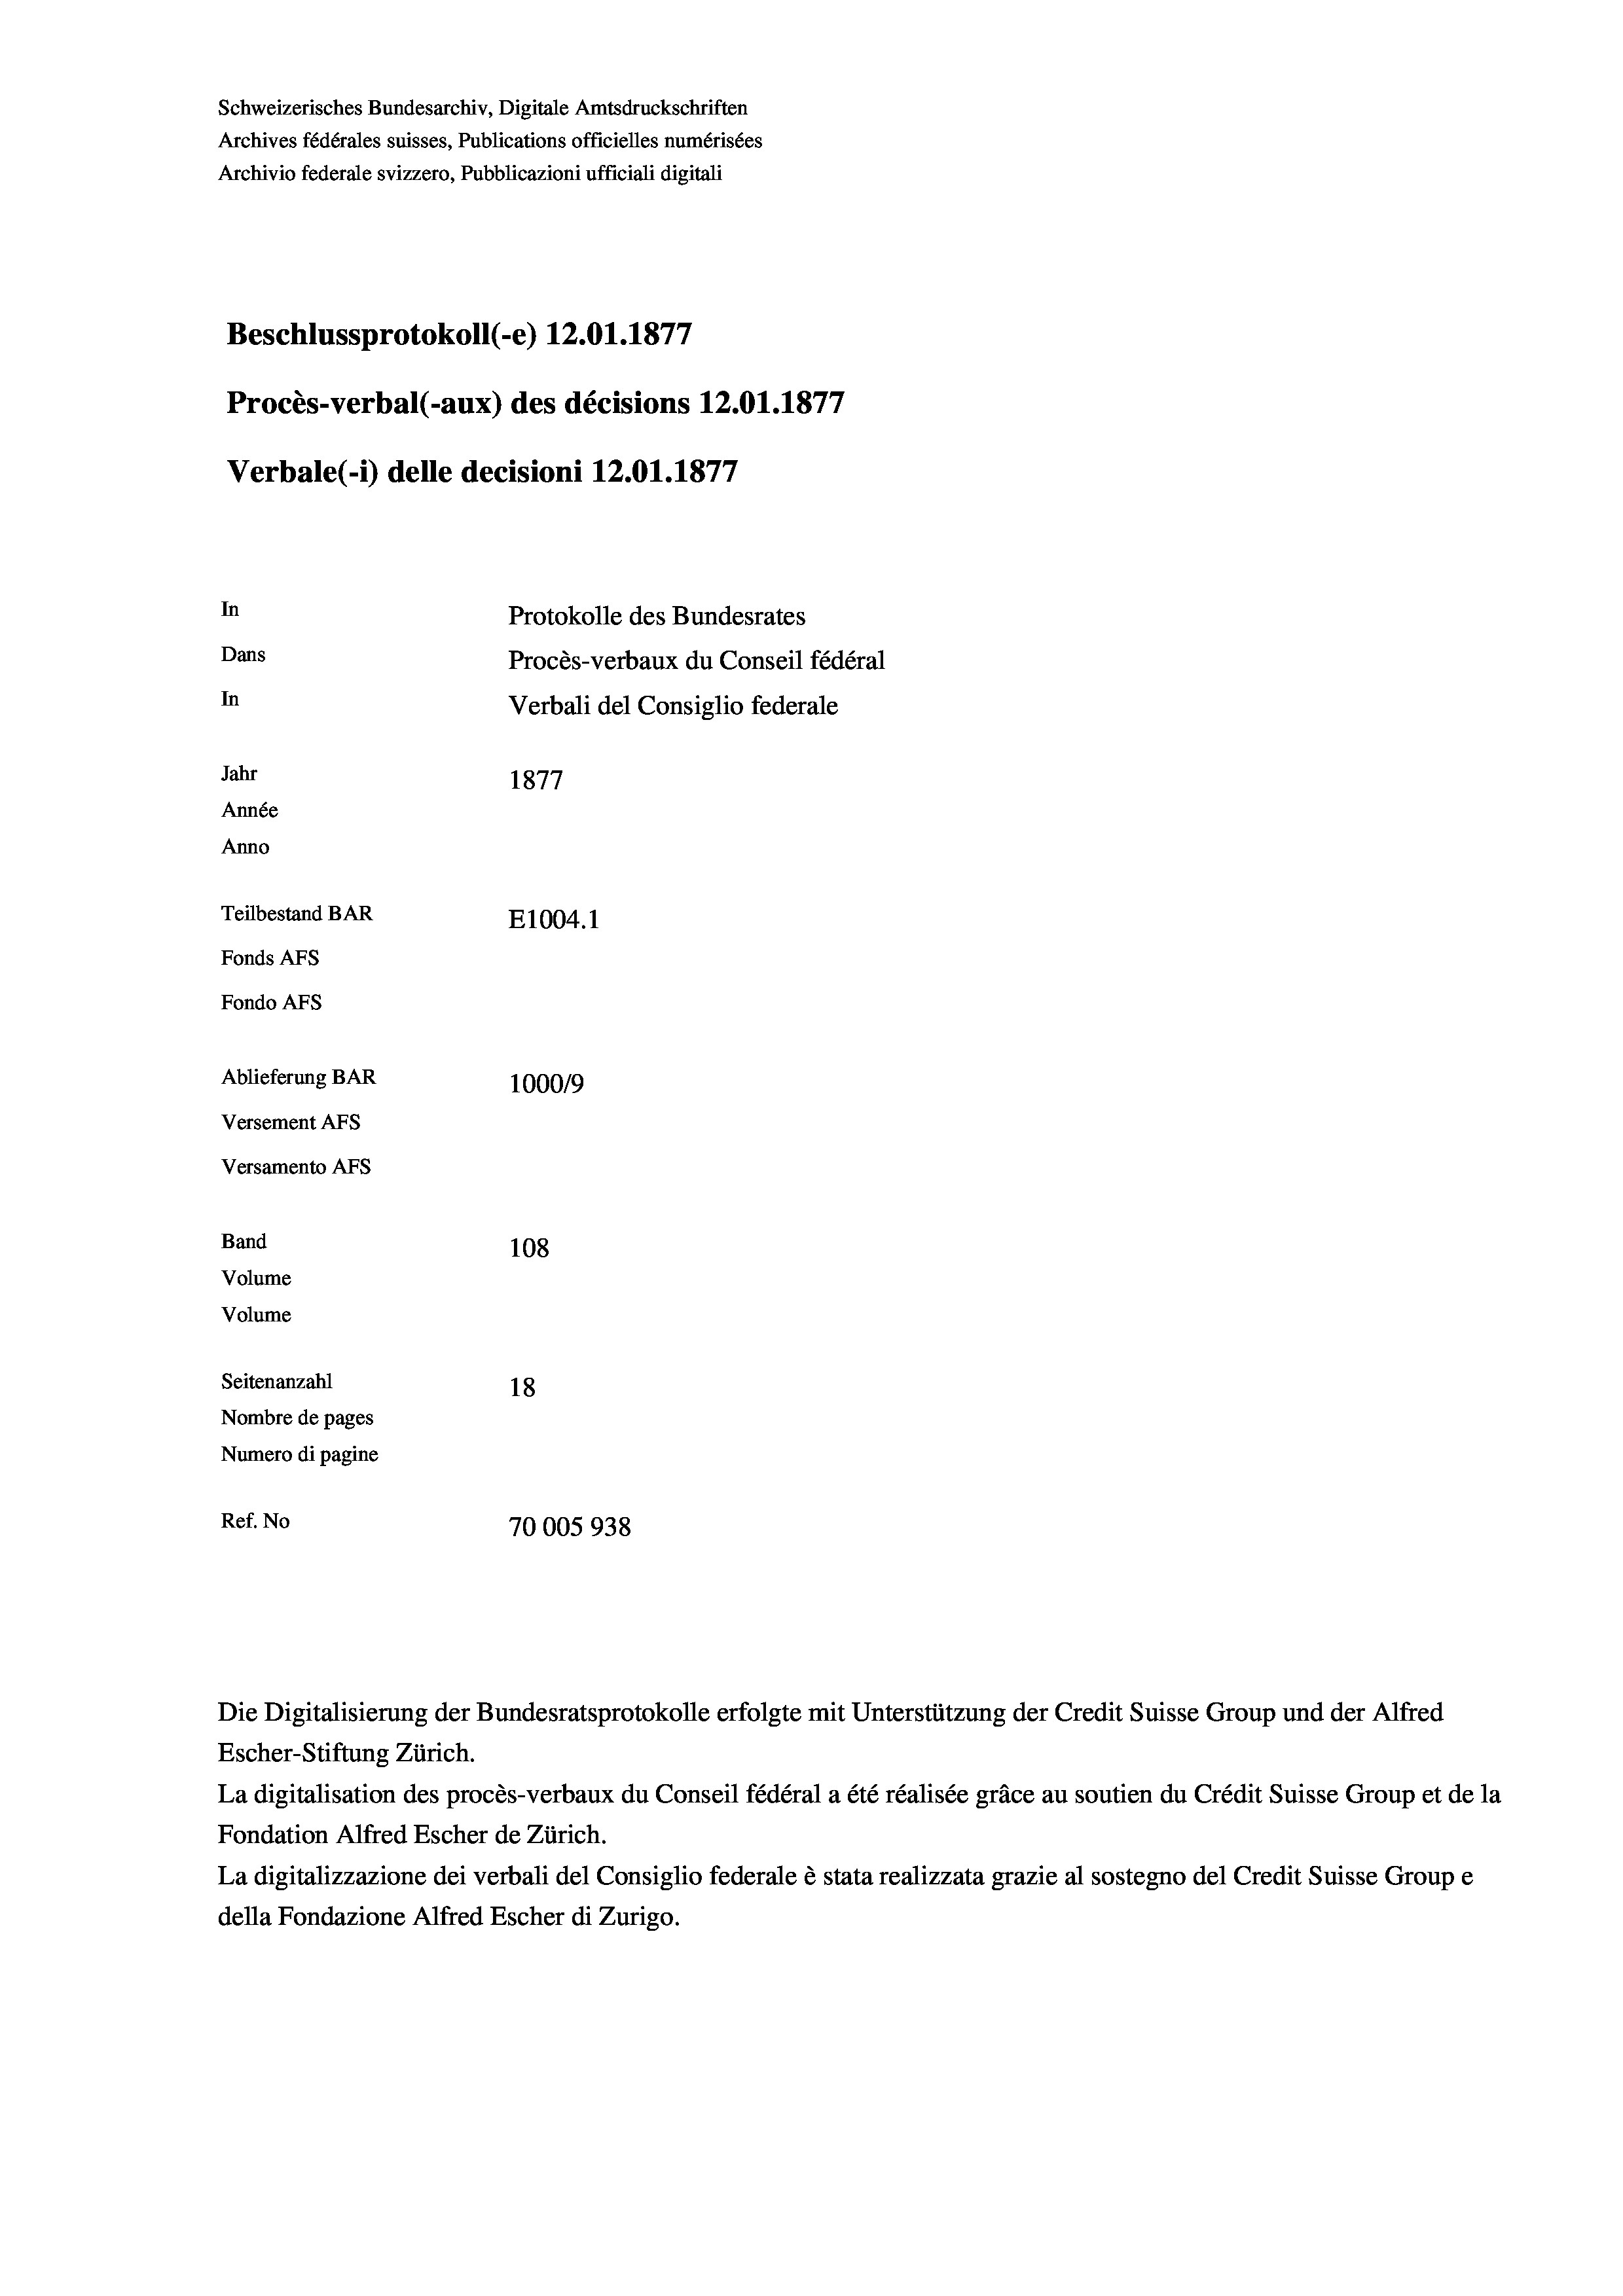
Schweizerisches Bundesarchiv, Digitale Amtsdruckschriften
Archives fédérales suisses, Publications officielles numérisées
Archivio federale svizzero, Pubblicazioni ufficiali digitali
Beschlussprotokoll (-e) 12.01.1877
Procès-verbal (-aux) des décisions 12.01.1877
Verbale (1) delle decisioni 12.01. 1877
In
Protokolle des Bundesrates
Dans
Procès-verbaux du Conseil fédéral
In
Verbali del Consiglio federale
Jahr
1877
Année
Anno
Teilbestand BAR
E1004. 1
Fonds AEs
Fondo AFs
Ablieferung BAR
100019
Versement AFS
Versamento AFS

Band
Volume

108
Volume
Seitenanzahl
18
Nombre de pages
Numero di pagine
Ref. No
70005938

Escher-Stiftung Zürich.
La digitalisation des procès-verbaux du Conseil fédéral a été réalisée gräce au soutien du Crédit Suisse Group et de la
Fondation Alfred Escher de Zürich.
La digitalizzazione dei verbali del Consiglio federale è stata realizzata grazie al sostegno del Credit Suisse Groupe
della Fondazione Alfred Escher di Zurigo.

Die Digitalisierung der Bundesratsprotokolle erfolgte mit Unterstützung der Credit Suisse Group und der Alfred